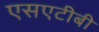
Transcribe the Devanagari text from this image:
एसएटीबी